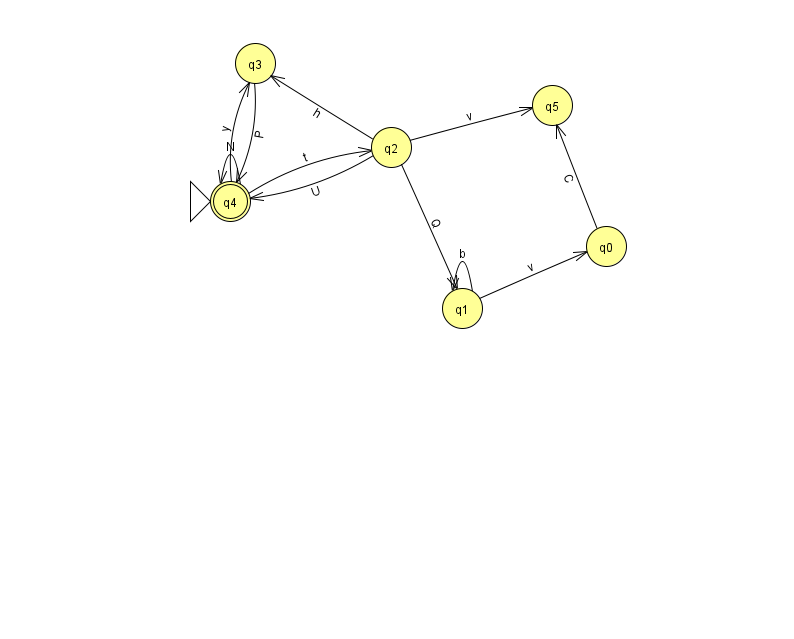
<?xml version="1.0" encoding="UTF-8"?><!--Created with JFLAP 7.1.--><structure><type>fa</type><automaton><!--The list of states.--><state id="0" name="q0"><x>606.0</x><y>233.0</y></state><state id="1" name="q1"><x>462.0</x><y>295.0</y></state><state id="2" name="q2"><x>391.0</x><y>134.0</y></state><state id="3" name="q3"><x>255.0</x><y>50.0</y></state><state id="4" name="q4"><x>230.0</x><y>188.0</y><initial/><final/></state><state id="5" name="q5"><x>552.0</x><y>92.0</y></state><!--The list of transitions.--><transition><from>0</from><to>5</to><read>C</read></transition><transition><from>1</from><to>1</to><read>b</read></transition><transition><from>2</from><to>1</to><read>Q</read></transition><transition><from>4</from><to>3</to><read>y</read></transition><transition><from>2</from><to>3</to><read>h</read></transition><transition><from>4</from><to>2</to><read>t</read></transition><transition><from>2</from><to>4</to><read>U</read></transition><transition><from>2</from><to>5</to><read>v</read></transition><transition><from>1</from><to>0</to><read>v</read></transition><transition><from>3</from><to>4</to><read>P</read></transition><transition><from>4</from><to>4</to><read>N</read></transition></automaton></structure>